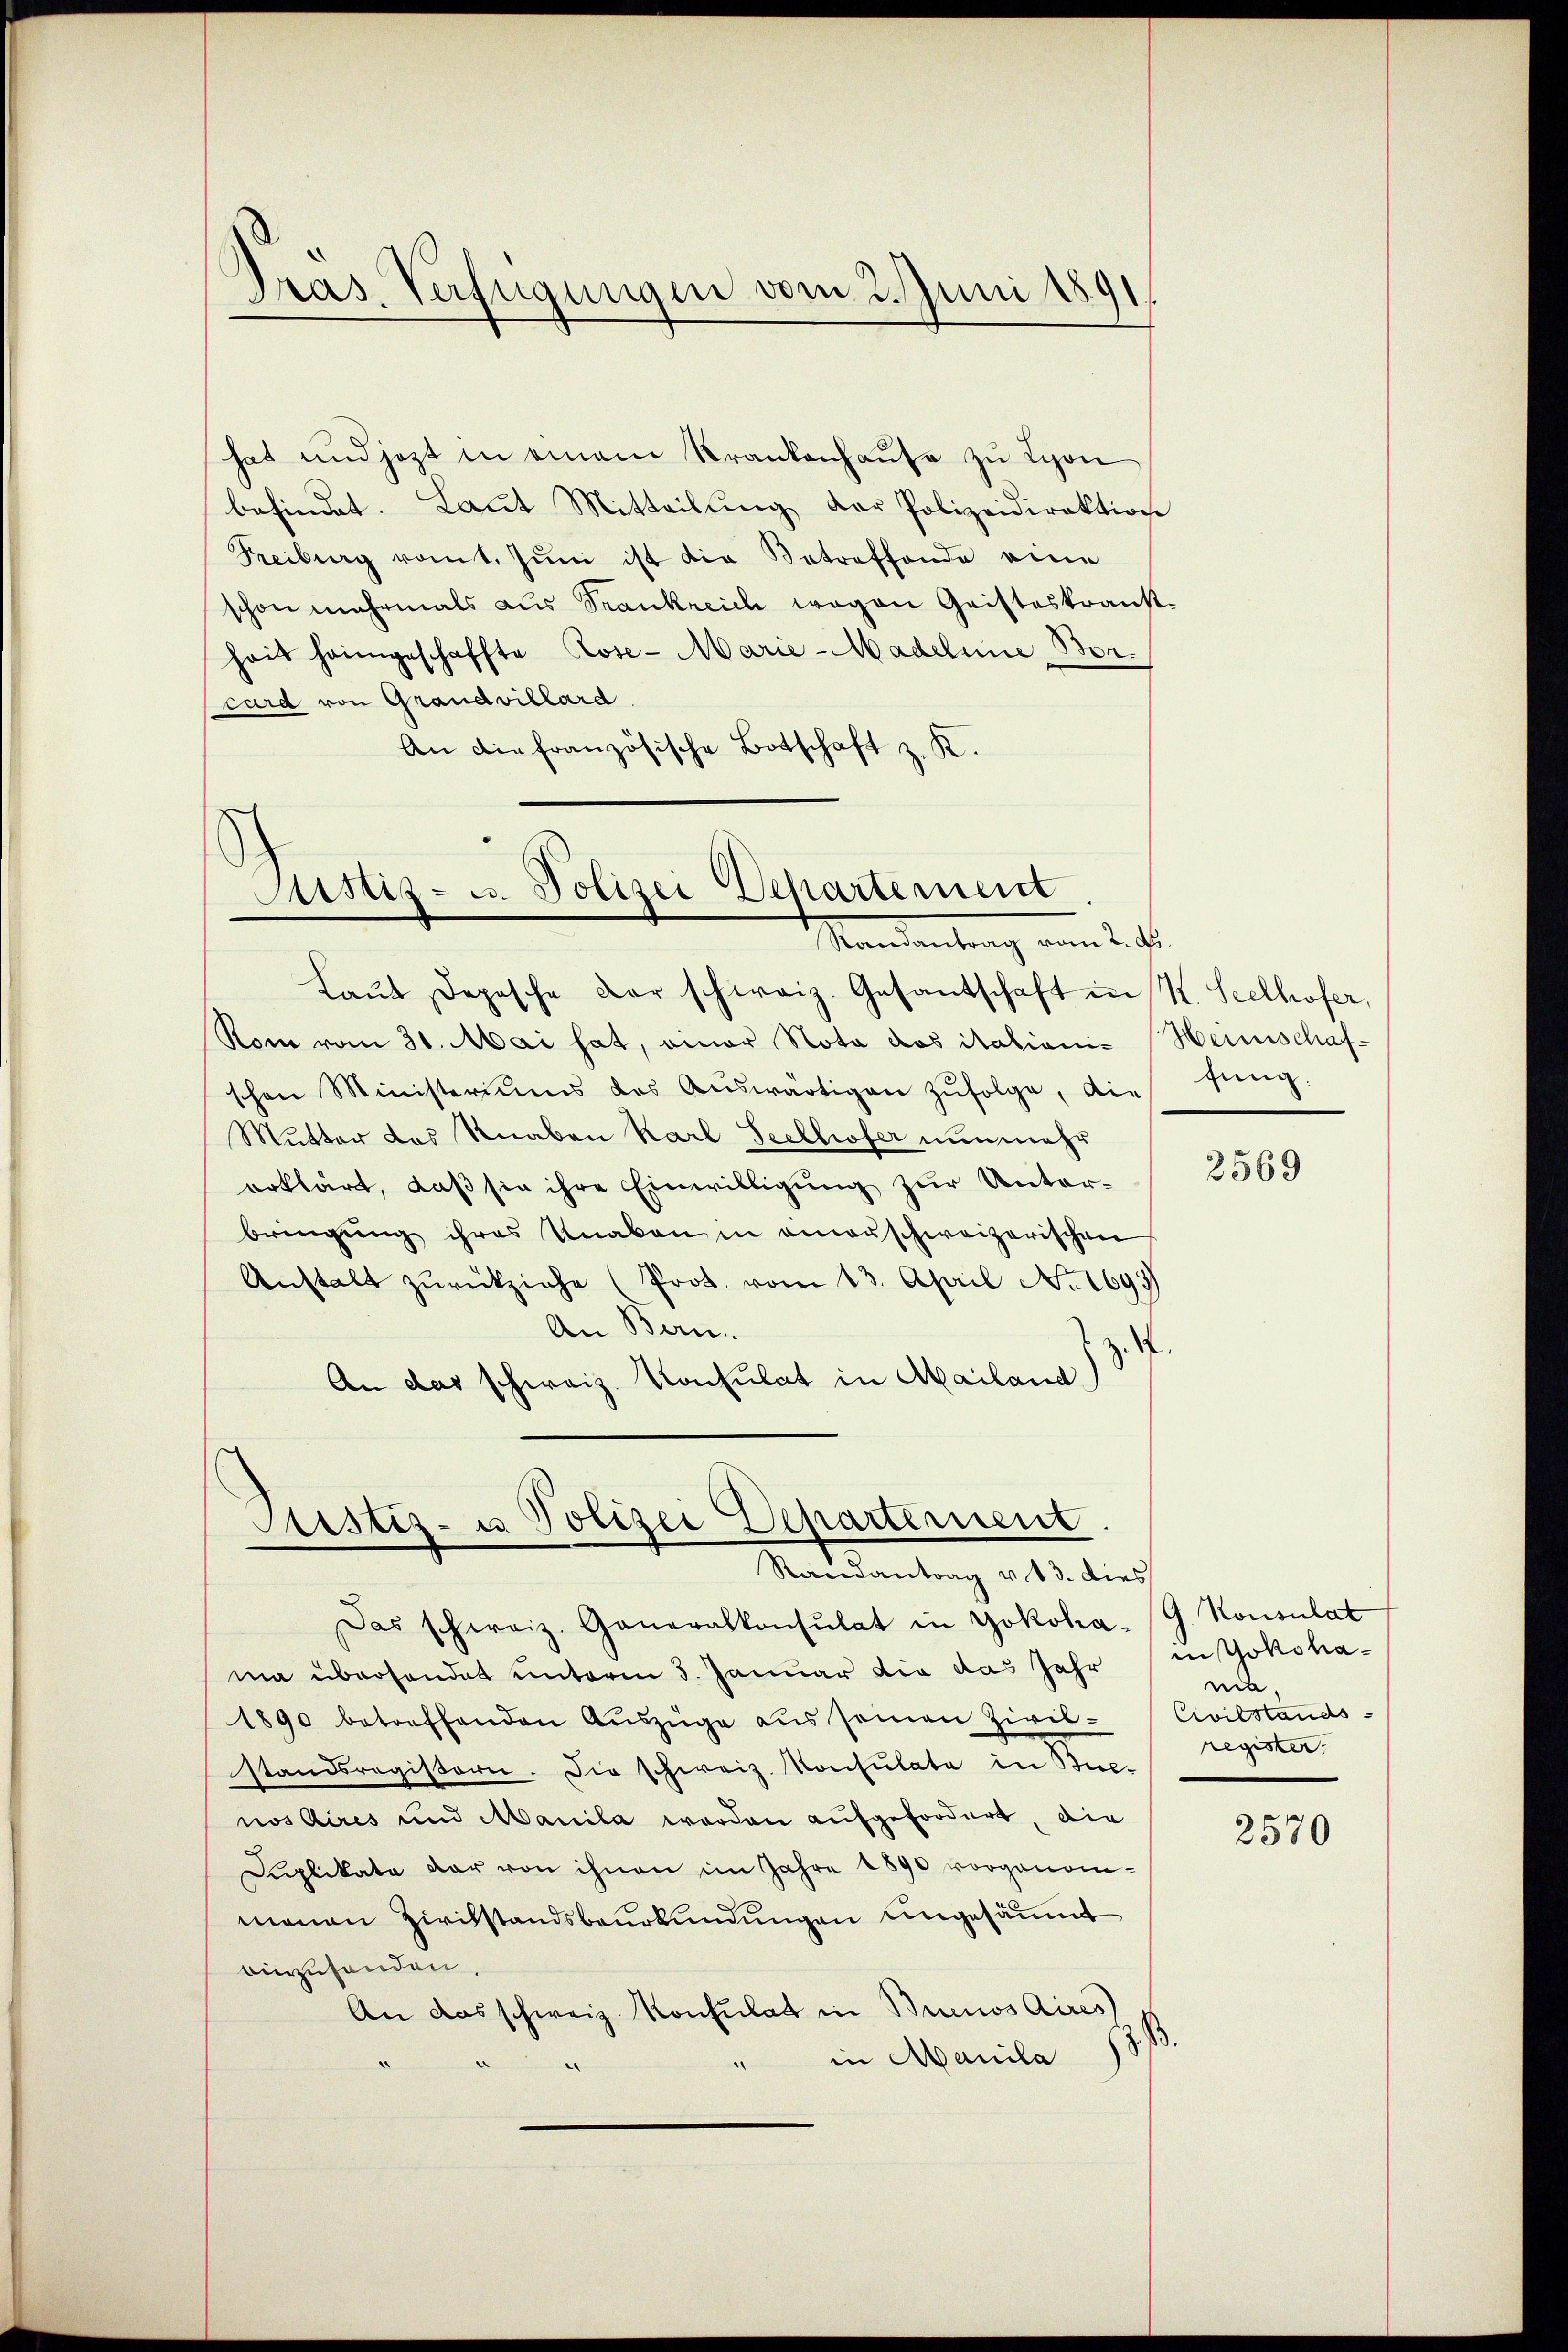
Dras Verfügungen vom 2. Juni 1891

hat und jezt in einem Krankenhaŭse zu Lyon
befindet. Laŭt Mitteilŭng der Polizeidirektion
Freiburg vom t. Jŭni ist die Betreffende eine
schon mehrmals aus Trankreich wegen Geisteskrankhait heimgeschaffte Rose- Marie-Madeline Borcurd von Grandvillard.
An die französische Botschaft z. K.

Justiz- u. Polizei Departement
Mandantung vom Ret

Justiz- u Polizei Departement.
Randantrag v. 13. dies

Laŭt Depesche Dar schweiz. Gesantschaft in K. Seelhofer,
Rom vom 31. Mai hat, einer Nota das italionis Heinschafschen Ministeriums des Aŭswärtigen zŭfolge, die fung,
Mutter des Knaben Karl Seckhofer nunmehr
erklärt, daß sie ihre Einwilligung zur Unterbringŭng ihres Knaben in einanschweizerischen
Anstalt zŭrückziehe (Prot. vom 13. April No 1697
An Bern.
An das schweiz. Konsulat in Mailand)

Das schweiz. Generalkonsulat in Yokoha-G. Konsulat
ma überhandet unterm 5. Januar die das Jahr in Yokoha¬
1890 betreffenden Aŭszüge aŭs seinen Zivil- Civilstands-
standsregistern. Die schweiz. Konsulate in Bue-
nos Aires und Manila werden aufgefordert, die
Duplikate dar von ihnen im Jahre 1890 vorgenommanen Zivilstandsbeurkundungen engesäumt
einzusenden.
An das schweiz. Konsulat in Buenos Aires
z
" in Manila

2569

ma,
register.

2570